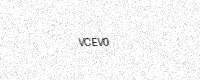
Text: VCEV0